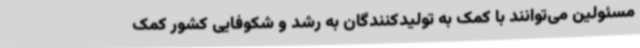
مسئولین می‌توانند با کمک به تولیدکنندگان به رشد و شکوفایی کشور کمک